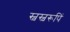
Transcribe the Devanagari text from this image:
स्वस्वरूपिं